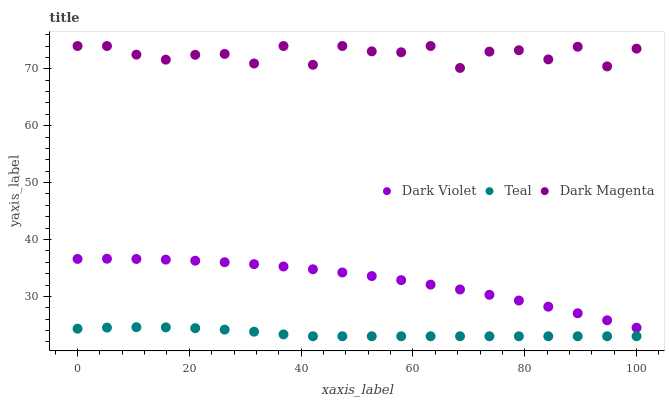
| xaxis_label | Dark Violet | Teal | Dark Magenta |
 | --- | --- | --- | --- |
 | 0 | 36.6 | 24.3 | 74 |
 | 5.26 | 36.6 | 24.5 | 74 |
 | 10.5 | 36.6 | 24.6 | 72.5 |
 | 15.8 | 36.5 | 24.6 | 71.6 |
 | 21.1 | 36.3 | 24.4 | 72.5 |
 | 26.3 | 36 | 24.2 | 72.6 |
 | 31.6 | 35.7 | 23.8 | 70.9 |
 | 36.8 | 35.3 | 23.3 | 74 |
 | 42.1 | 34.8 | 23 | 70.7 |
 | 47.4 | 34.2 | 23 | 74 |
 | 52.6 | 33.6 | 23 | 73.1 |
 | 57.9 | 32.9 | 23 | 72.9 |
 | 63.2 | 32.1 | 23 | 74 |
 | 68.4 | 31.2 | 23 | 70.1 |
 | 73.7 | 30.3 | 23 | 73 |
 | 78.9 | 29.3 | 23 | 73.3 |
 | 84.2 | 28.2 | 23 | 71.6 |
 | 89.5 | 27 | 23 | 73.9 |
 | 94.7 | 25.8 | 23 | 70.4 |
 | 100 | 24.5 | 23 | 73.5 |